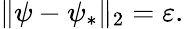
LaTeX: \| \psi-\psi_{*}\| _{2}=\varepsilon.